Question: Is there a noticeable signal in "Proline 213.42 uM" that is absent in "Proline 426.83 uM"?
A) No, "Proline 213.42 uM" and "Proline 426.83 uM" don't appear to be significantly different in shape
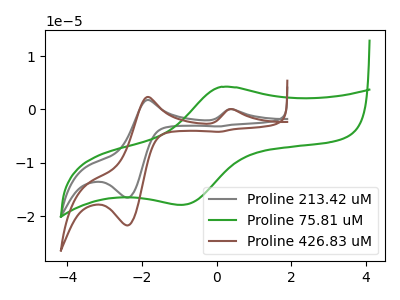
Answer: <think>The gray curve "Proline 213.42 uM" has anodic peaks at (0.45V, 0.05uA) (-1.85V, 1.80uA) and cathodic peaks at (-2.40V, -16.50uA) (0.10V, -3.15uA). The green curve "Proline 75.81 uM" has an anodic peak at (0.10V, 4.25uA) and a cathodic peak at (-0.95V, -17.85uA). The brown curve "Proline 426.83 uM" has anodic peaks at (0.45V, 0.05uA) (-1.85V, 2.35uA) and cathodic peaks at (-2.40V, -21.70uA) (0.10V, -4.15uA).
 All the peaks in "Proline 213.42 uM" have a peak in "Proline 426.83 uM" at the same potential. Every peak in "Proline 213.42 uM" is lower than every peak in "Proline 426.83 uM".</think>
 <answer>A) No, "Proline 213.42 uM" and "Proline 426.83 uM" don't appear to be significantly different in shape</answer>
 <eval>A</eval>